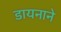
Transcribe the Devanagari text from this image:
डायनाने